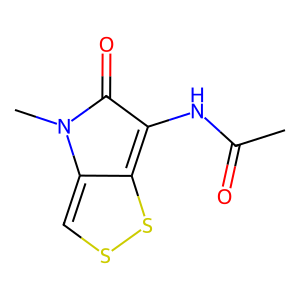
SMILES: CC(=O)Nc1c2sscc-2n(C)c1=O
Inhibits HIV replication: No